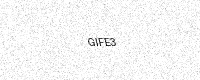
Text: GIFE3